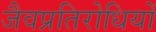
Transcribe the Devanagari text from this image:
जैवप्रतिरोधियों